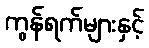
ကွန်ရက်များနှင့်